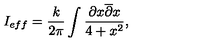
I _ { e f f } = \frac { k } { 2 \pi } \int \frac { \partial x \overline { { \partial } } x } { 4 + x ^ { 2 } } ,